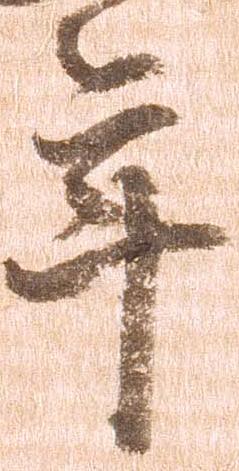
年